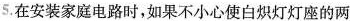
5. 在安装家庭电路时，如果不小心使白炽灯灯座的两